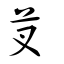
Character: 芆